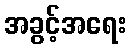
အခွင့်အရေး